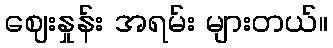
ဈေးနှုန်း အရမ်း များတယ်။